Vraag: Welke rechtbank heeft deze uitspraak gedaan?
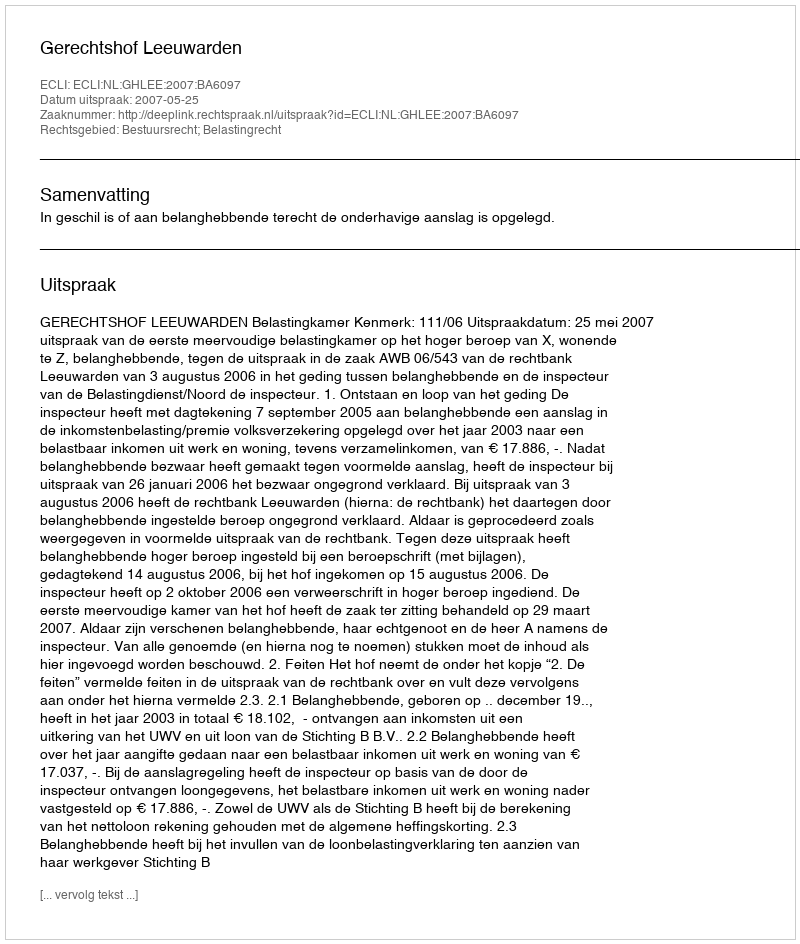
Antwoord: Gerechtshof Leeuwarden